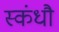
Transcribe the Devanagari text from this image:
स्कंधौ